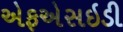
એફએસઇડી